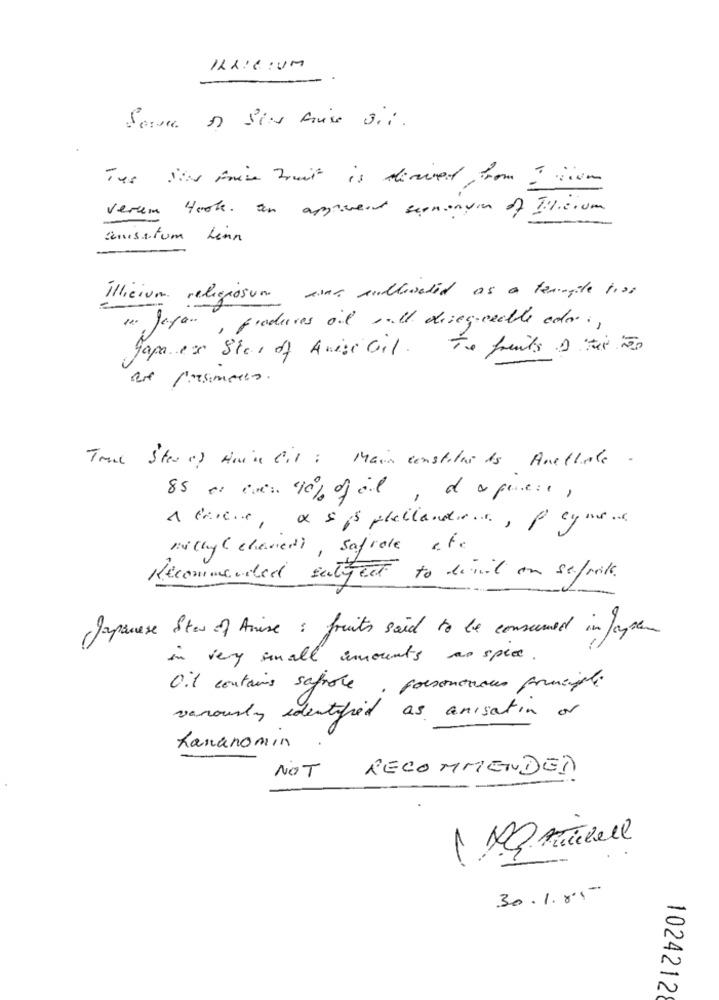
IHR:E:UM
Server y Sias friss 3.1.
Tur Ies Faire Fruit is derived from “ nien
Verum Hook an approved sernanym of Ilicium
anisstum Lenn
illicium religiosom sina cultivated as a temple tras
1. Japan, produces oil sull disegueable ado .,
Te fruits 1 For 50
Japa ex Star of Anisi oil.
Truc Ster c) keine bir : Main constitue is Anellate .
Asthey (chaved), Safrale ate
Recommended satgeet to divil on selook.
Japanese Stew of Arise : fruits said to be consumed in laysam
in very small innounts as spece .
Oil contains safrole
. forsontnous principle
vanously identified as anisation of
Lananomin
NOT
RECOMMENDED
30.1. 8.1 -
1024212